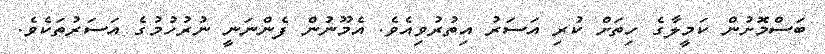
ބަސްމޮށުން ކަމީލާގެ ހިތަށް ކުރި އަސަރު އިތުރުވިއެވެ. އެމޫނުން ފެންނަނީ ނުރުހުމުގެ އަސަރުތަކެވެ.